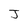
Character: J